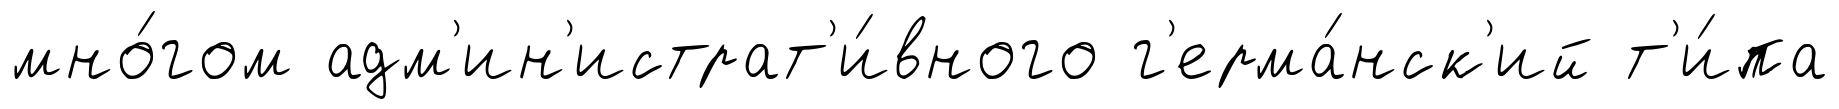
мно́гом адм'ин'истрат'и́вного г'ерма́нск'ий т'и́па